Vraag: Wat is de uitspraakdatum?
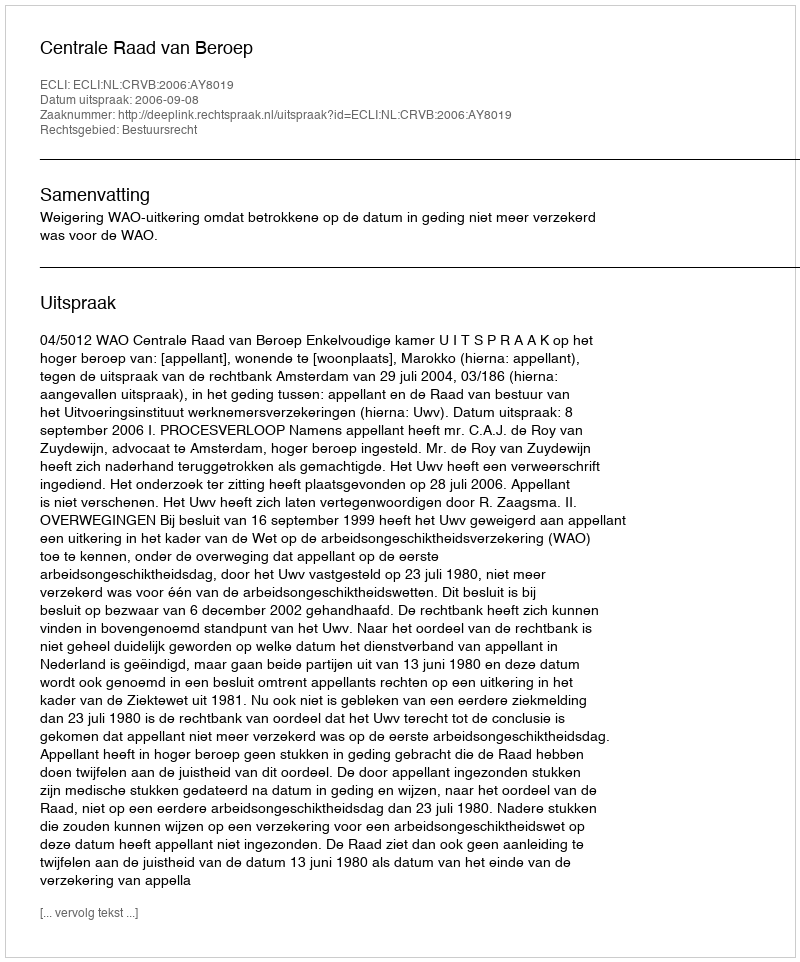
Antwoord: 2006-09-08